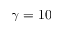
\gamma = 1 0